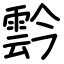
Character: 霒